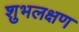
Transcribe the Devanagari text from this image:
शुभलक्षण